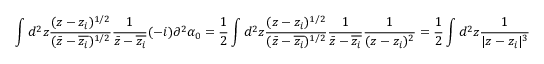
\int d ^ { 2 } z \frac { ( z - z _ { i } ) ^ { 1 / 2 } } { ( \bar { z } - \overline { { z _ { i } } } ) ^ { 1 / 2 } } \frac { 1 } { \bar { z } - \overline { { z _ { i } } } } ( - i ) \partial ^ { 2 } \alpha _ { 0 } = \frac { 1 } { 2 } \int d ^ { 2 } z \frac { ( z - z _ { i } ) ^ { 1 / 2 } } { ( \bar { z } - \overline { { z _ { i } } } ) ^ { 1 / 2 } } \frac { 1 } { \bar { z } - \overline { { z _ { i } } } } \frac { 1 } { ( z - z _ { i } ) ^ { 2 } } = \frac { 1 } { 2 } \int d ^ { 2 } z \frac { 1 } { | z - z _ { i } | ^ { 3 } }